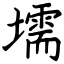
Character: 壖